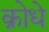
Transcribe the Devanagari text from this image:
क्रोधे